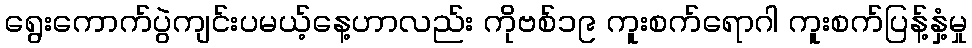
ရွေးကောက်ပွဲကျင်းပမယ့်နေ့ဟာလည်း ကိုဗစ်၁၉ ကူးစက်ရောဂါ ကူးစက်ပြန့်နှံ့မှု